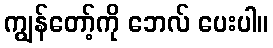
ကျွန်တော့်ကို ဘေလ် ပေးပါ။